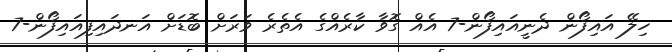
ހިލޭ އައިފޯން ދެނީއައިފޯން-7 އެއް ގޮވާ ކާރެއްގެ އެތެރެ ވަރަށް ބޮޑަށް އަނދައިފިއައިފޯން-7